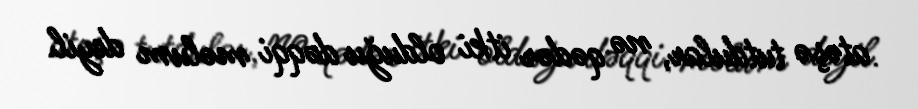
atəşə tutdular, nə qədər itki olduğu dəqqi məlum deyil.